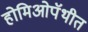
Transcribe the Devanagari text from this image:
होमिओपॅथीत